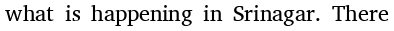
what is happening in Srinagar. There